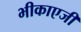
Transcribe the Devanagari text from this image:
भीकाएजी